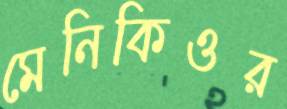
মেনিকিওর